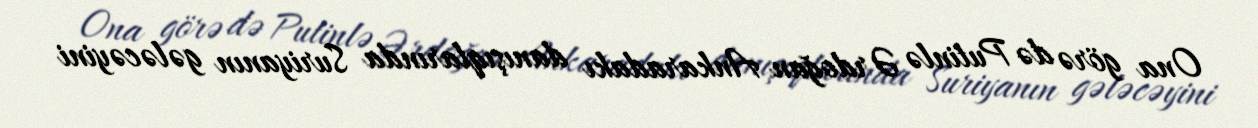
Ona görə də Putinlə Ərdoğan Ankaradakı danışıqlarında Suriyanın gələcəyini